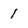
Character: 1